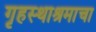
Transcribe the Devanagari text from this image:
गृहस्थाश्रमाचा